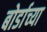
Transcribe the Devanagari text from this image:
बोर्डाच्‍या